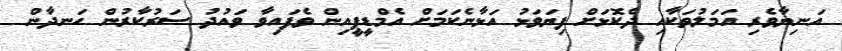
އަނިޔާވެރި އަމަލުތަކާއި ދެކޮޅަށް ފިޔަވަޅު އަޅާނެކަމަށް އެމްޑީޕީއިން ވެފައިވާ ވައުދު ސަރުކާރުން ހަނދާން